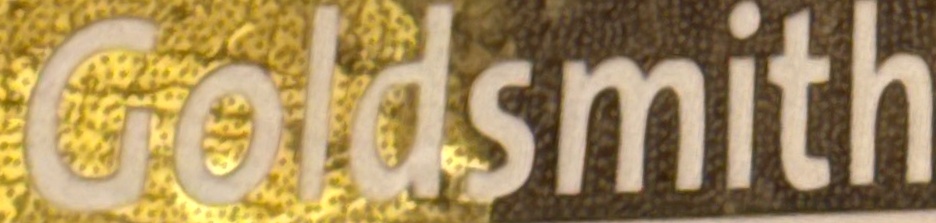
Goldsmith